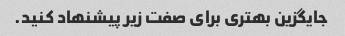
جایگزین بهتری برای صفت زیر پیشنهاد کنید.